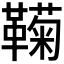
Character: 𬰩